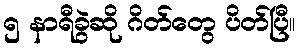
၅ နာရီခွဲဆို ဂိတ်တွေ ပိတ်ပြီ။